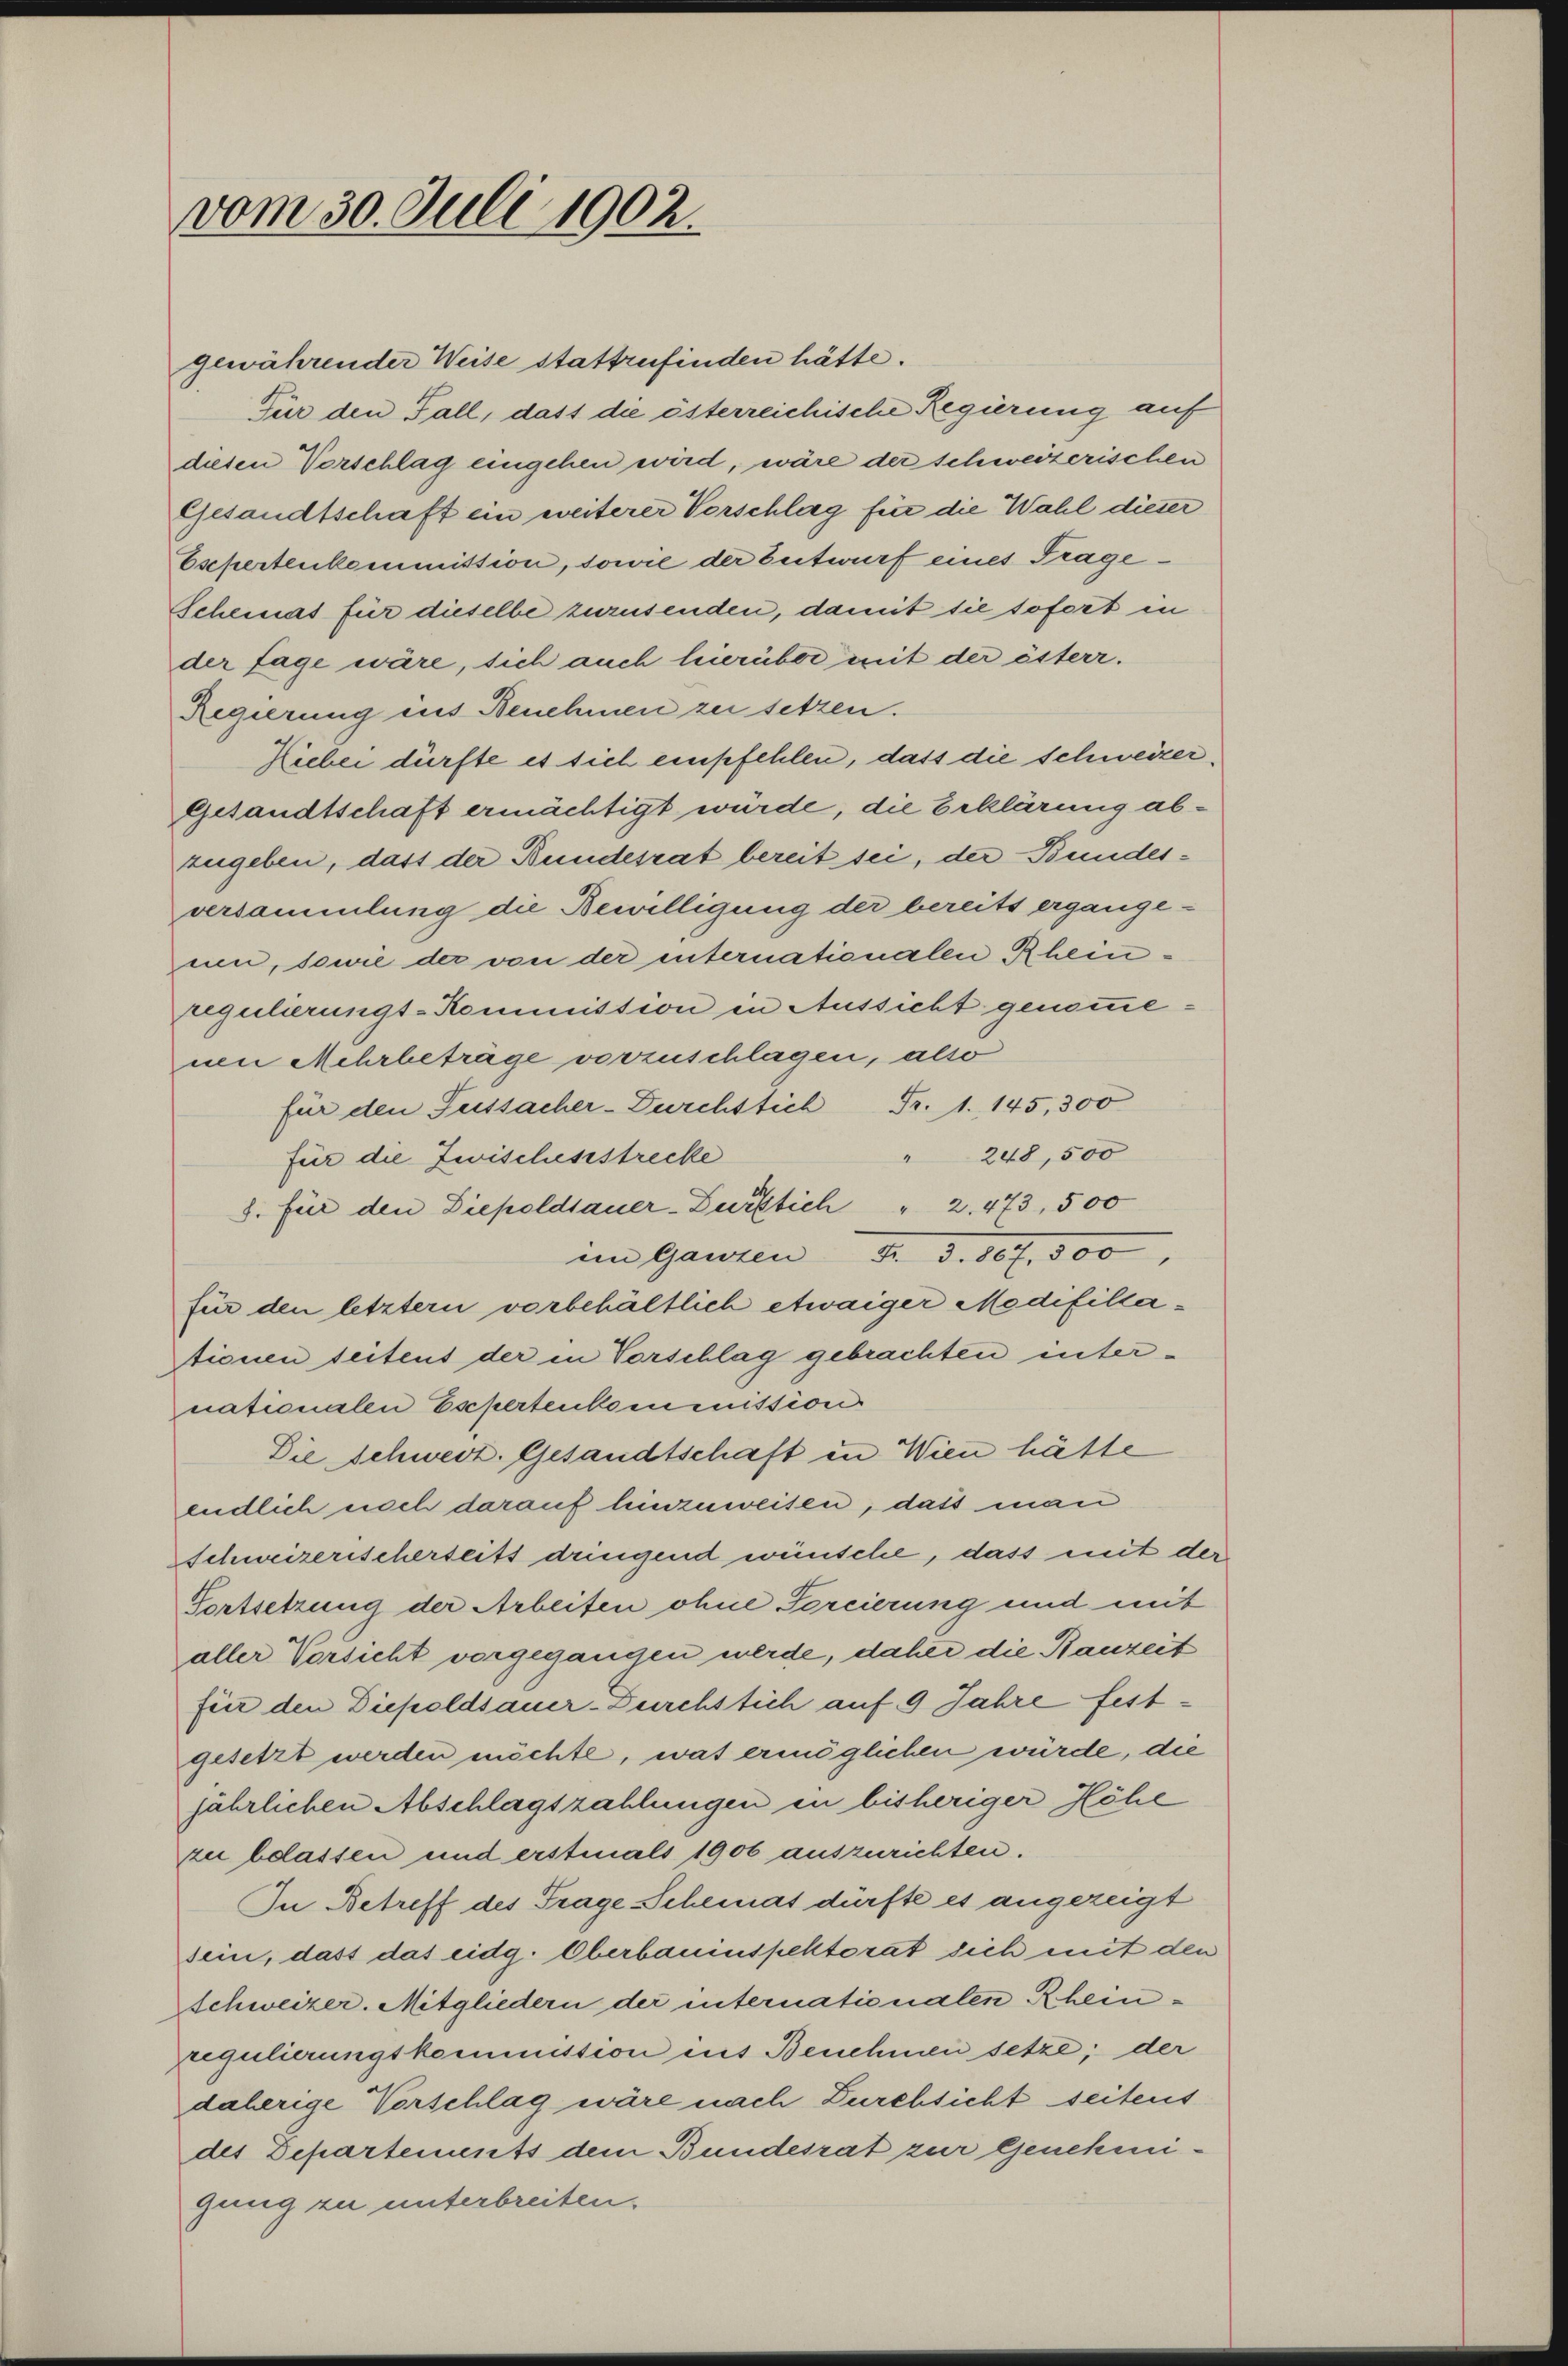
vom 30. Juli 1902.

gewährender Weise stattzufinden hätte.
Für den Fall, dass die österreichische Regierung auf
diesen Vorschlag eingehen wird, wäre der schweizerischen
Gesandtschaft ein weiterer Vorschlag für die Wahl dieser
Eschertenkommission, sowie der Entwurf eines Trage¬
Scheinas für dieselbe zurüsenden, damit sie sofort in
der sage wäre, sich auch hierüber mit der österr.
Regierung ins Benehmen zu setzen.
Rieber dürfte es sich empfehlen, dass die schweizer¬
Gesandtschaft ermächtigt würde, die Erklärung abzugeben, dass der Bundesrat bereit sei, der Bundesversammlung die Bewilligung der bereits ergange-
uen, sowie der von der internationalen Rheiregulierungs-Kommission in Aussicht genommenen Mehrbeträge vorzuschlagen, also
für den Ferssacher-Durchtlich Fr. 1. 145, 300
" 248, 500
für die Zwischesstrecke
8. für den Diepoldsauer-Bürklich " 2. 473, 500
im Ganzen
für den letztern vorbehältlich etwaiger Modifillationen seitens der in Vorschlag gebrachten internationalen Espertenkommission
Die Schweiz. Gesandtschaft in Wien hätte
endlich noch darauf hinzuweisen, daß man
Schweizerischerseits dringend wünsche, dass mit der
Fortsetzung der Arbeiten ohne Forcierung und mit
aller Vorsicht vorgegangen werde, daher die Bauzeit
für den Diepoldsauer-Zurchstich auf 9 Jahre festgesetzt werden möchte, was ermöglichen würde, die
jährlichen Abschlagszahlungen in bisheriger Höhe
zu belassen und erstmals 1906 auszurichten.
In Betreff des Frage Scheinas dürfte es angezeigt
sein, dass das eidg. Oberbauinspektorat sich mit den
Schweizer. Mitgliedern der internationalen Rheinregulierungskommission ins Benehmen setze; der
daherige Vorschlag wäre nach Durchsicht seitens
des Departements dem Bundesrat zur Genehmigung zu unterbreiten.